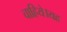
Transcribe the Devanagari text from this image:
चाहिये।यह